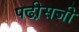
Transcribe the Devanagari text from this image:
पढी़सजी